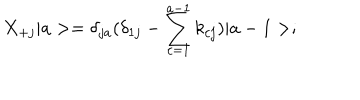
LaTeX: X _ { + j } \vert a > = \delta _ { j a } ( \delta _ { 1 j } - \sum _ { c = 1 } ^ { a - 1 } k _ { c j } ) \vert a - 1 > ;